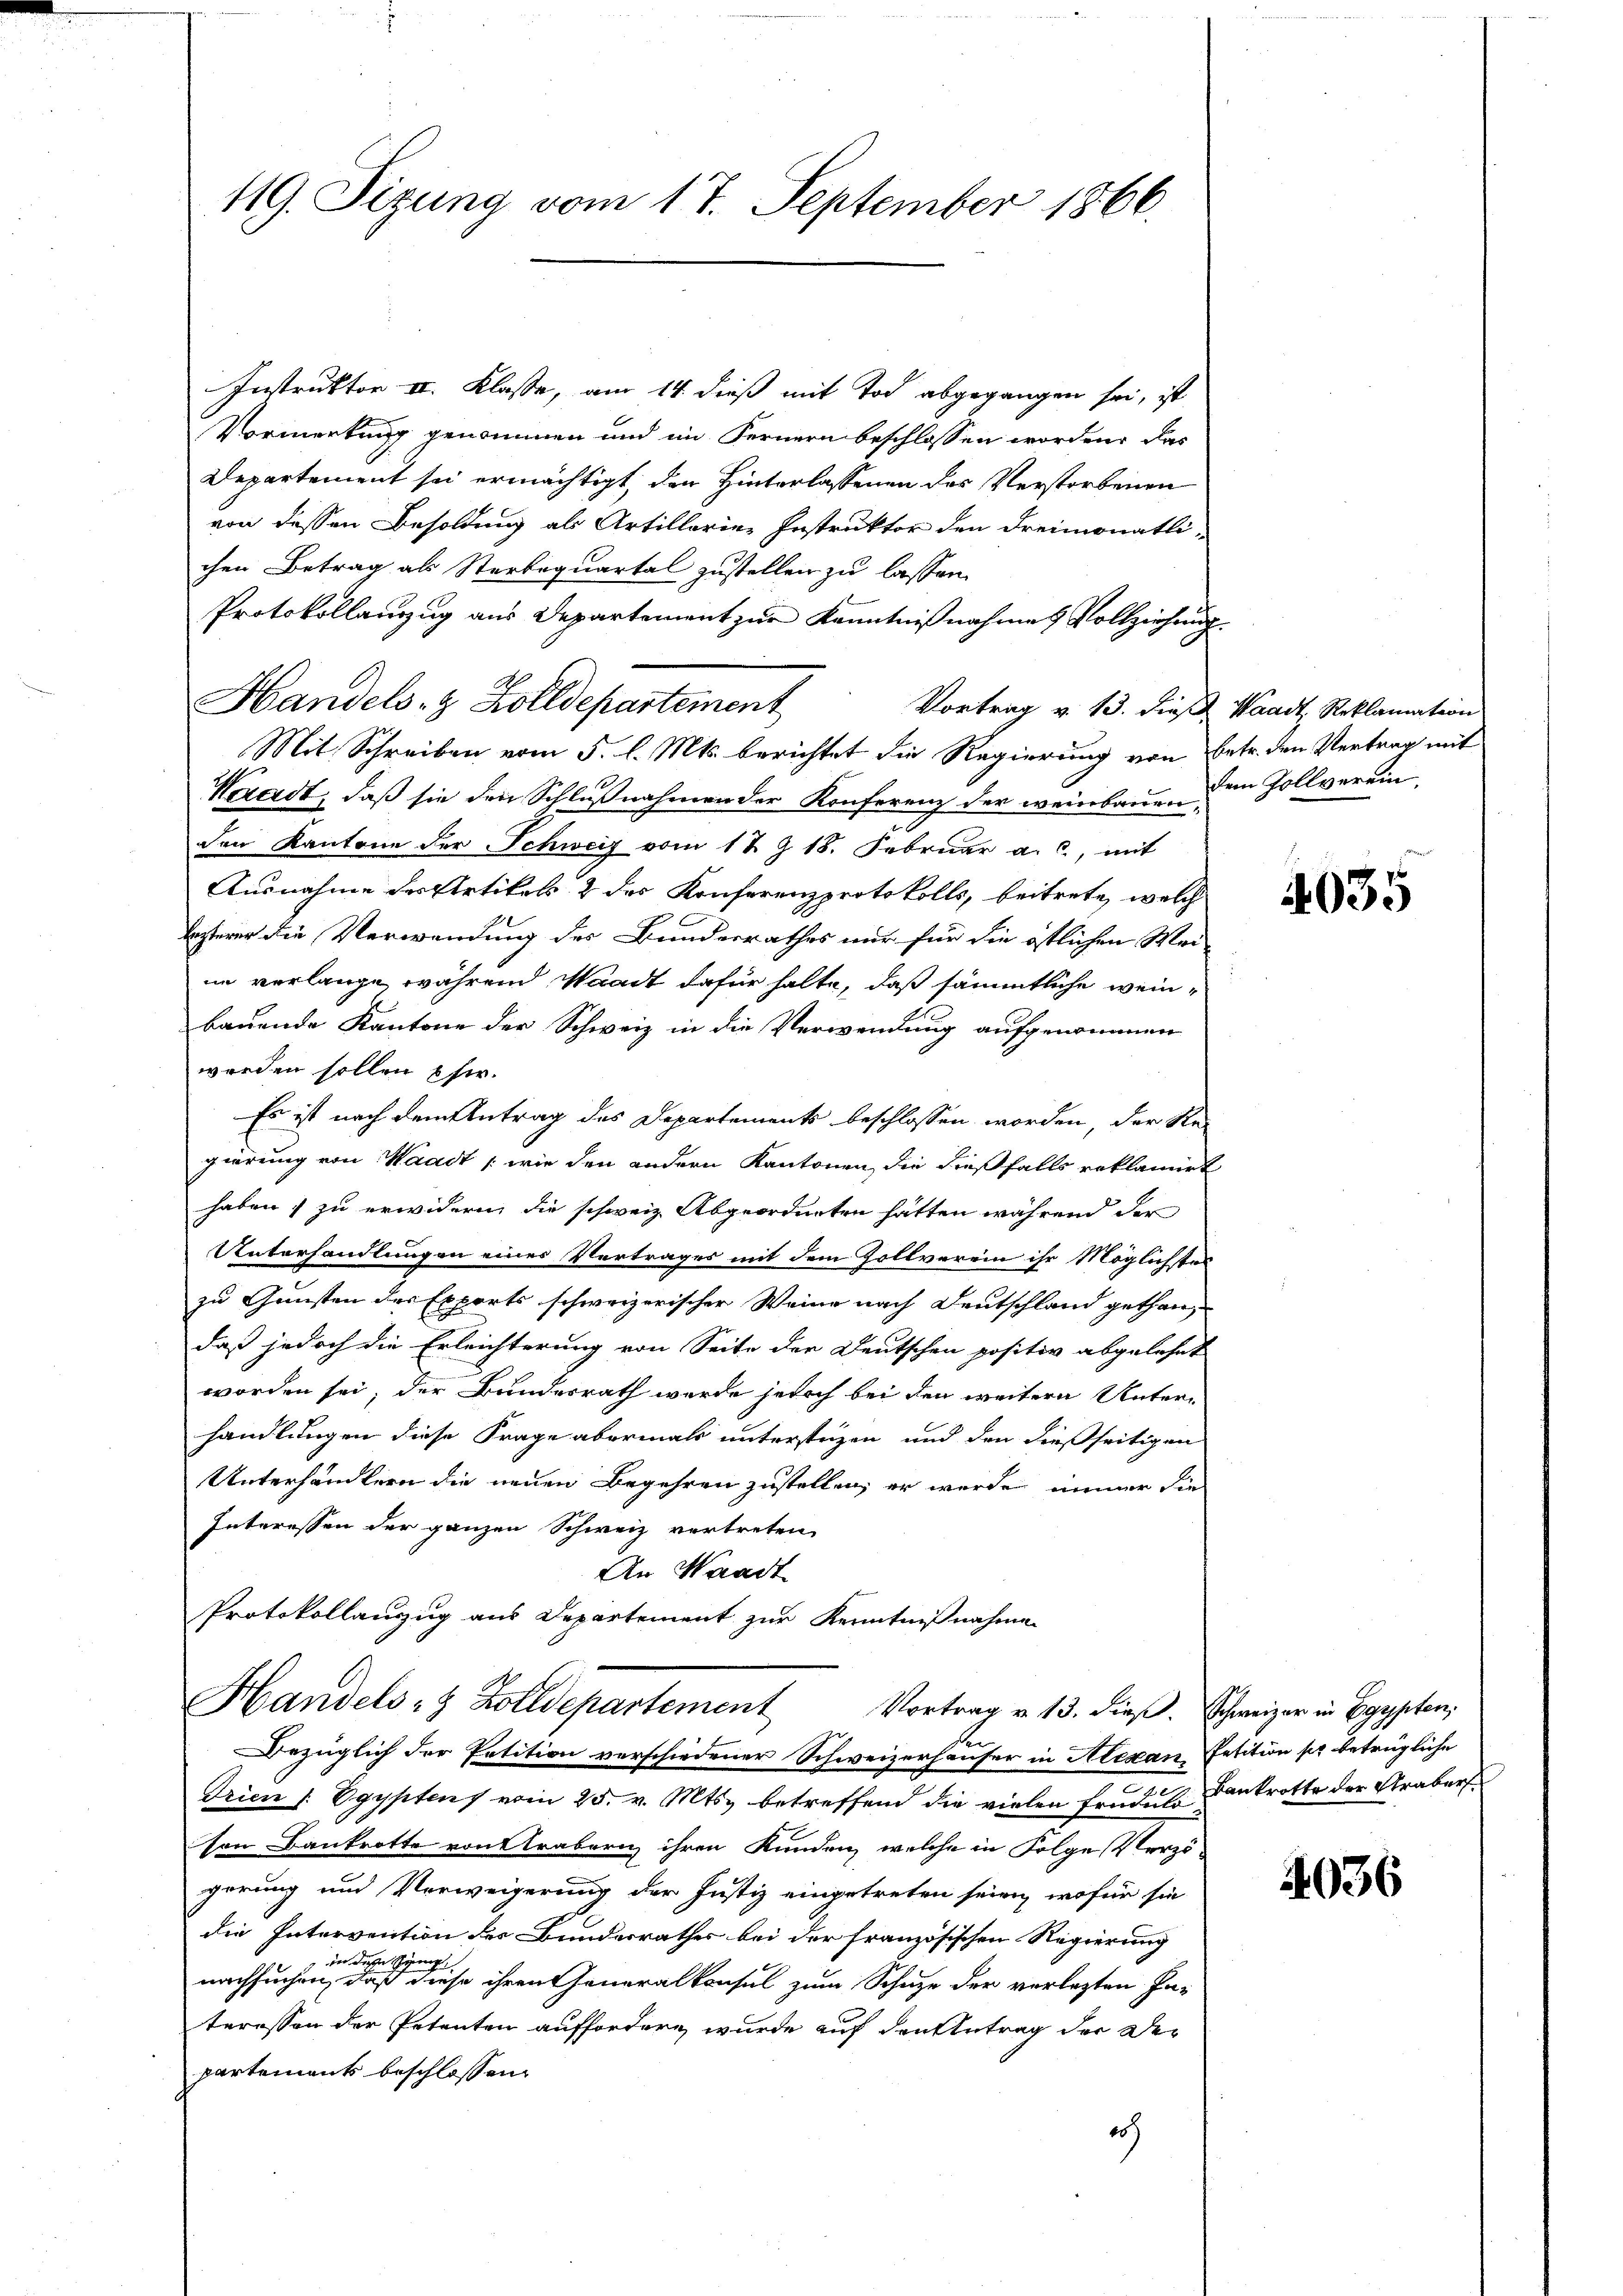
119. Sizung vom 17. September 1866.

Instruktor II. Klasse, am 14. dieß mit Tod abgegangen sei, ist
Vormerkung genommen und im Fernern beschlossen worden, das
Departement sei ermächtigt, den Hinterlassenen des Verstorbenen
von dessen Besoldung als Artillarier Instruktor den dreimonatli-
chen Betrag als Sterbequartal zustellen zu lassen.
Protokollanzug aus Departement zur Kenntnißnahme & Vollziehung
Mit Schreiben vom 5. l. Mts. berichtet die Regierung von Betr. den Vertrag mit
Wezadt, daß sie den Schlußnahmen der Konferenz der weinbauen den Zollvereinden Kantone der Schweiz vom 12 Z 18. Februar a. c., mit
Ausnahme des Artikels & des Konferenzprotokolls, beitrete, welch
lezterer die Verwendung des Bundesrathes nur für die östlichen Mei-
ne verlange, während Waadt dafür halte, daß sämmtliche weinbauende Kantone der Schweiz in die Verwendung aufgenommen
werden sollen pfer.
Es ist nach dem Antrag des Departements beschlossen worden, der Re-
gierung von Waadt /: wie den andern Kantonen, die dießfalls reklamirt
haben zu erwidern, die schweiz. Abgeordneten hätten während der
Unterhandlungen eines Vertrages mit dem Zollverein ihr Möglichtes
zu Gunsten des Exports schweizerischer Weine nach Deutschland gethandaß jedoch die Erleichterung von Seite der Deutschen positiv abgelehnt
worden sei, der Bundesrath wurde jedoch bei den weitern Unterhandlungen diese Frage abermals untersteigen und den dießseitigen
Unterhandlern die neuen Begehren zustellen, er werde immer die
Interessen der ganzen Schweiz vertreten
An Waadt

Handels- & Zolldepartement Vortrag v. 13. dieß. Waadt, Reklamation

Protokollanzug aus Departement zur Kenntnißnahme
Handels- & Zolldepartement Vortrag v. 13. dieβ. Schweizer in Egypten,

Bezüglich der Petition verschiedener Schweizerhäuser in Alexan Petition pr betrügliche

Trien /: Egyptens vom 25. v. Mts. betreffend die vielen Ernduls Bankrotte der Araber
von Bankrotte von Arabern ihren Kunden, welche in Folge Verzögerung und Verweigerung der Justiz eingetreten seien, wofür sie
die Intervention des Bundesrathes bei der französischen Regierung
n
der dieser
nachsuchen, daß diese ihren Generalkonsul zum Schuze der verlezten In-
teressen der Petenten auffordere, wurde auf den Antrag der Der
partements beschlossen:
ch

4035

4036